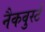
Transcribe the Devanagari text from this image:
नैकवुर्स्ट